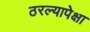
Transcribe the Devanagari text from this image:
ठरल्यापेक्षा